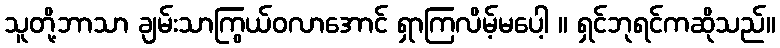
သူတို့ဘာသာ ချမ်းသာကြွယ်ဝလာအောင် ရှာကြလိမ့်မပေါ့ ။ ရှင်ဘုရင်ကဆိုသည်။